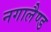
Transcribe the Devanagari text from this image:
नगालैण्ड